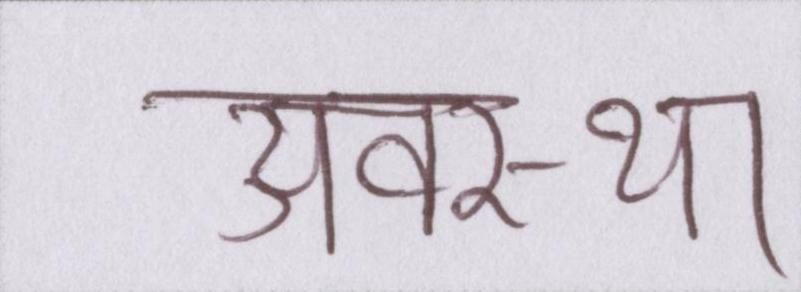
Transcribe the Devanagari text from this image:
अवस्था